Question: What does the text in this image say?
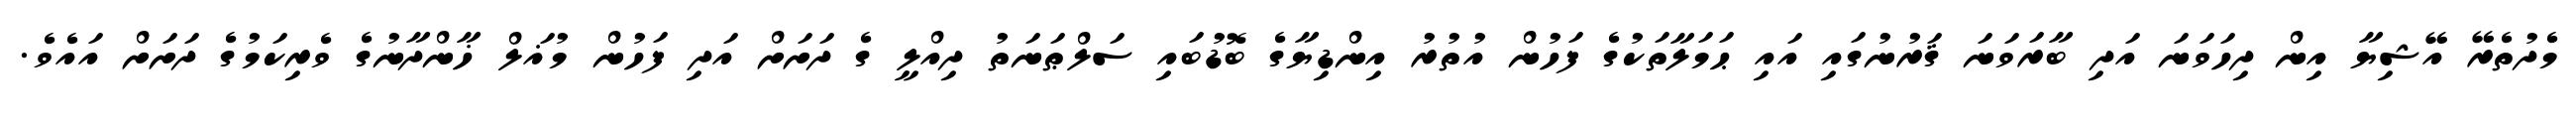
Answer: މެދުތެރޭ އޭޝިޔާ އިން ދިހަވަނަ އަދި ބާރަވަނަ ޤަރުނުގައި އައި ޙަމަލާތަކުގެ ފަހުން އުތުރު އިންޑިޔާގެ ބޮޑުބައި ސަލްޠަނަތު ދިއްލީ ގެ ދަށަށް އަދި ފަހުން މުޣަލް ޚާންދާނުގެ ވެރިކަމުގެ ދަށަށް އައެވެ.